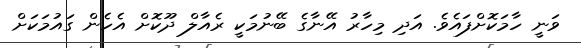
ވަނީ ހާމަކޮށްފައެވެ. އަދި މިހާރު އޭނާގެ ބޭނުމަކީ ރެއާލް ދޫކޮށް އެހެން ގައުމަކަށް